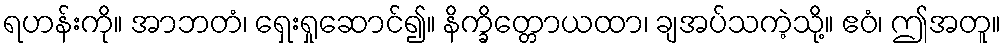
ရဟန်းကို။ အာဘတံ၊ ရှေးရှုဆောင်၍။ နိက္ခိတ္တောယထာ၊ ချအပ်သကဲ့သို့။ ဧဝံ၊ ဤအတူ။